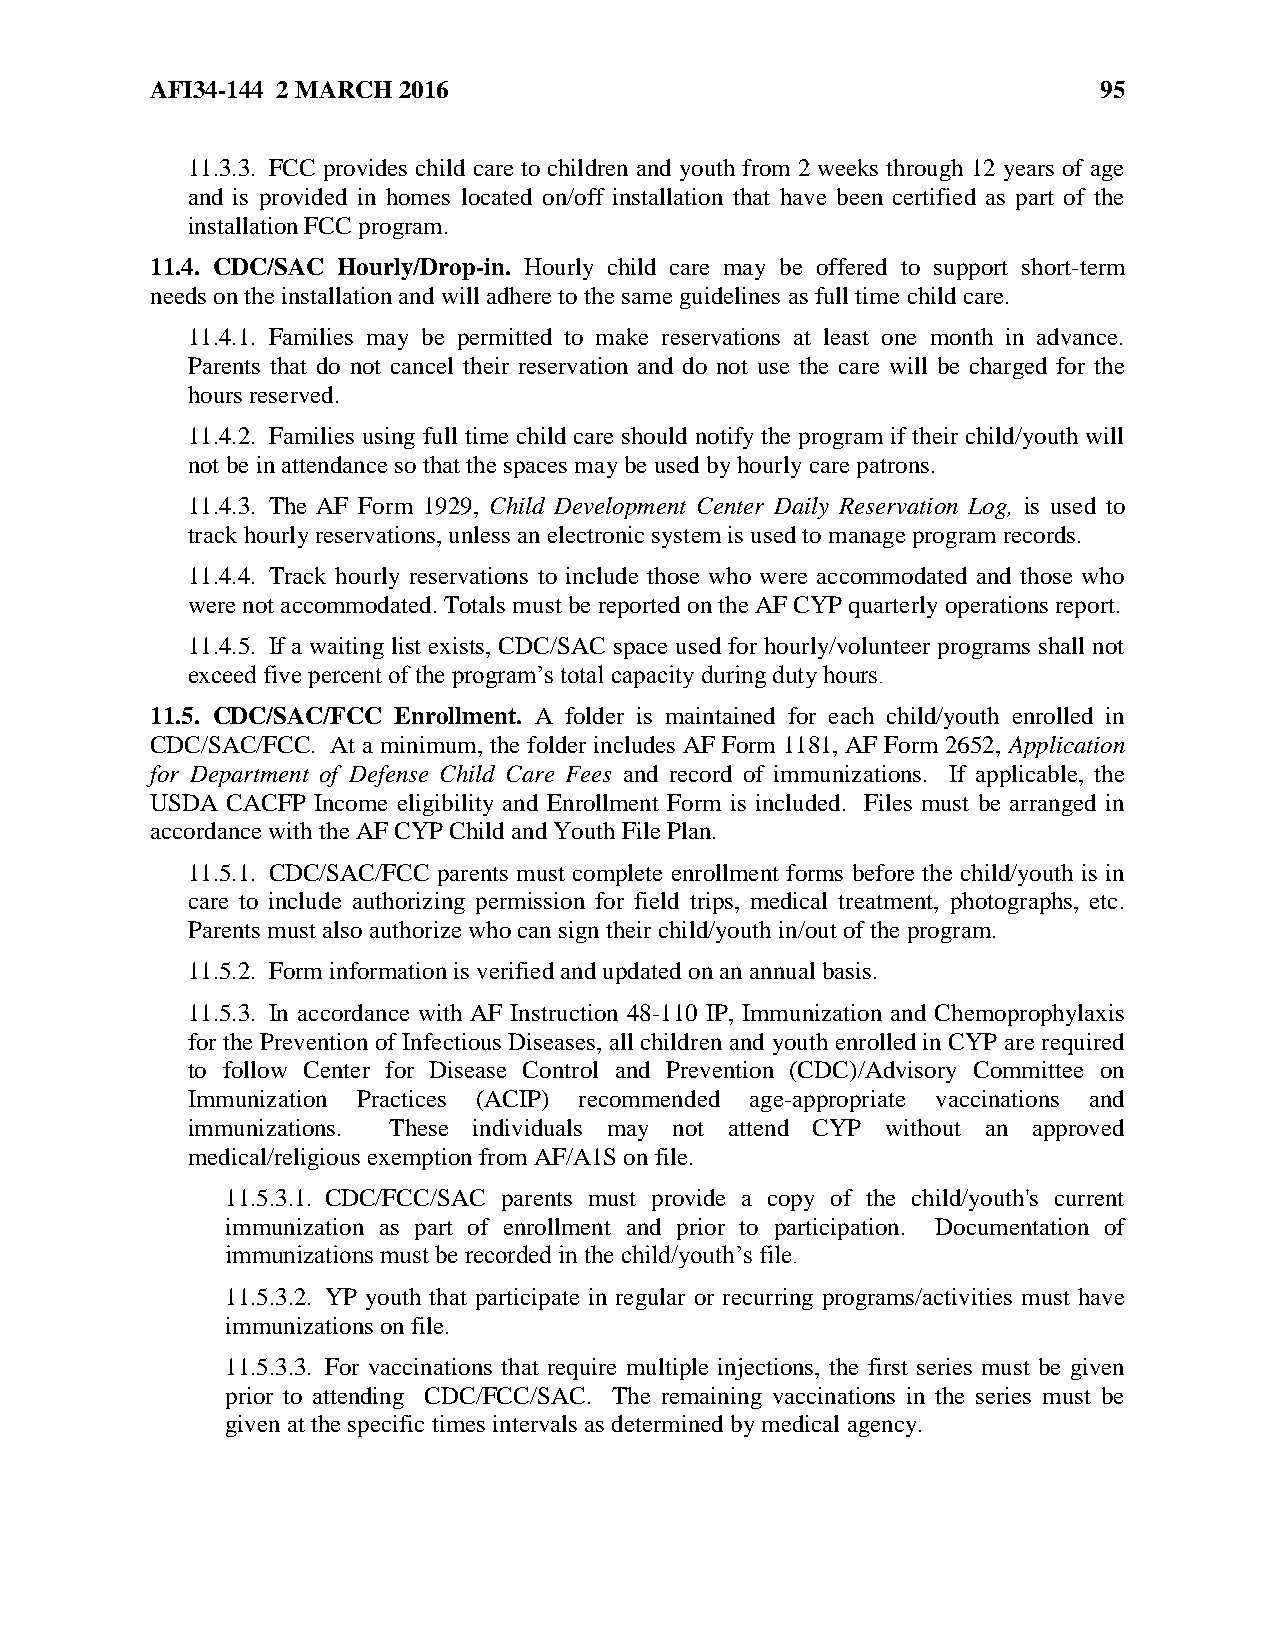
AFI34-144 2 MARCH 2016                                         95
 11.3.3. FCC provides child care to children and youth from 2 weeks through 12 years of age
 and is provided in homes located on/off installation that have been certified as part of the
 installation FCC program.
 11.4. CDC/SAC Hourly/Drop-in. Hourly child care may be offered to support short-term
 needs on the installation and will adhere to the same guidelines as full time child care.
 11.4.1. Families may be permitted to make reservations at least one month in advance.
 Parents that do not cancel their reservation and do not use the care will be charged for the
 hours reserved.
 11.4.2. Families using full time child care should notify the program if their child/youth will
 not be in attendance so that the spaces may be used by hourly care patrons.
 11.4.3. The AF Form 1929, Child Development Center Daily Reservation Log, is used to
 track hourly reservations, unless an electronic system is used to manage program records.
 11.4.4. Track hourly reservations to include those who were accommodated and those who
 were not accommodated. Totals must be reported on the AF CYP quarterly operations report.
 11.4.5. If a waiting list exists, CDC/SAC space used for hourly/volunteer programs shall not
 exceed five percent of the program’s total capacity during duty hours.
 11.5. CDC/SAC/FCC Enrollment. A folder is maintained for each child/youth enrolled in
 CDC/SAC/FCC. At a minimum, the folder includes AF Form 1181, AF Form 2652, Application
 for Department of Defense Child Care Fees and record of immunizations. If applicable, the
 USDA CACFP Income eligibility and Enrollment Form is included. Files must be arranged in
 accordance with the AF CYP Child and Youth File Plan.
 11.5.1. CDC/SAC/FCC parents must complete enrollment forms before the child/youth is in
 care to include authorizing permission for field trips, medical treatment, photographs, etc.
 Parents must also authorize who can sign their child/youth in/out of the program.
 11.5.2. Form information is verified and updated on an annual basis.
 11.5.3. In accordance with AF Instruction 48-110 IP, Immunization and Chemoprophylaxis
 for the Prevention of Infectious Diseases, all children and youth enrolled in CYP are required
 to follow Center for Disease Control and Prevention (CDC)/Advisory Committee on
 Immunization Practices (ACIP) recommended age-appropriate vaccinations and
 immunizations. These individuals may not attend CYP without an approved
 medical/religious exemption from AF/A1S on file.
 11.5.3.1. CDC/FCC/SAC parents must provide a copy of the child/youth's current
 immunization as part of enrollment and prior to participation. Documentation of
 immunizations must be recorded in the child/youth’s file.
 11.5.3.2. YP youth that participate in regular or recurring programs/activities must have
 immunizations on file.
 11.5.3.3. For vaccinations that require multiple injections, the first series must be given
 prior to attending CDC/FCC/SAC. The remaining vaccinations in the series must be
 given at the specific times intervals as determined by medical agency.